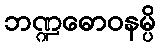
ဘဏ္ဍဓောဝနမ္ပိ